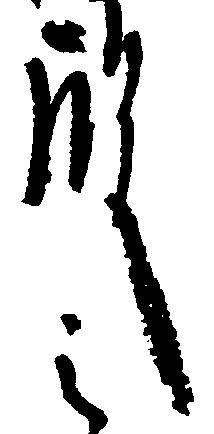
殿